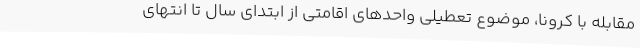
مقابله با کرونا، موضوع تعطیلی‌ واحدهای اقامتی از ابتدای سال تا انتهای